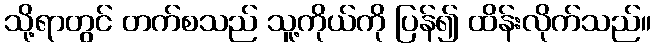
သို့ရာတွင် တက်စသည် သူ့ကိုယ်ကို ပြန်၍ ထိန်းလိုက်သည်။